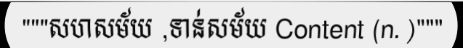
"""សហសម័យ ,ទាន់សម័យ Content (n. )"""